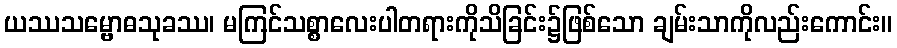
ယဿသမ္ဗောဓသုခဿ၊ မကြင်သစ္စာလေးပါတရားကိုသိခြင်း၌ဖြစ်သော ချမ်းသာကိုလည်းကောင်း။